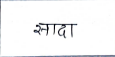
मजकूर: सादा